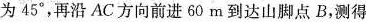
为45°，再沿AC方向前进60m到达山脚点B，测得